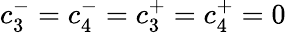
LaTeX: c_{3}^{-}=c_{4}^{-}=c_{3}^{+}=c_{4}^{+}=0